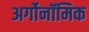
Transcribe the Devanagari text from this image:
अर्गोनॉमिक